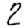
Digit: 2